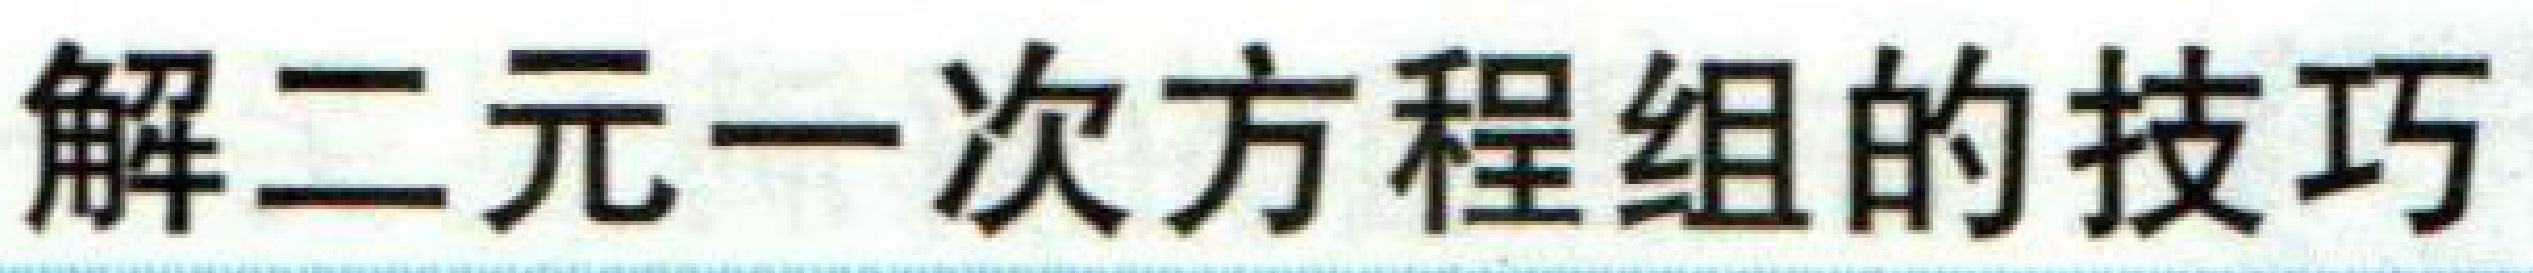
解二元一次方程组的技巧